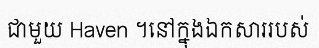
ជាមួយ Haven ។នៅក្នុងឯកសាររបស់